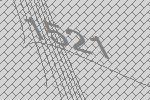
1521